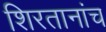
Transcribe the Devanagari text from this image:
शिरतानांच